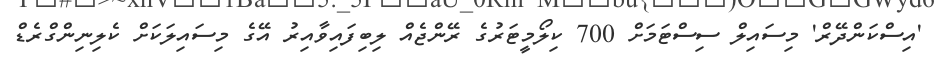
'އިސްކަންދޭރް' މިސައިލް ސިސްޓަމަށް 700 ކިލޯމީޓަރުގެ ރޭންޖެއް ލިބިފައިވާއިރު އޭގެ މިސައިލަކަށް ކެލިނިންގްރެޑް